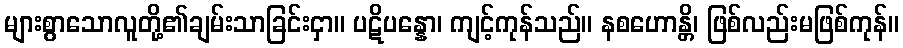
များစွာသောလူတို့၏ချမ်းသာခြင်းငှာ။ ပဋိပန္နော၊ ကျင့်ကုန်သည်။ နစဟောန္တိ၊ ဖြစ်လည်းမဖြစ်ကုန်။